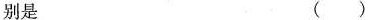
别是（）